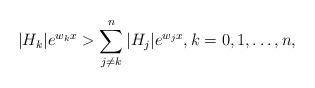
LaTeX: \begin{align*} |H_k|e^{w_kx}> \sum_{j\neq k}^n|H_j|e^{w_jx},k=0,1,\ldots,n, \end{align*}